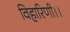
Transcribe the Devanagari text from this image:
विहारिणी।।